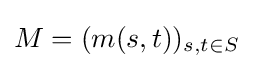
M=(m(s,t))_{s,t\in S}